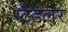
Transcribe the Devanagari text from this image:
स्टैडलर